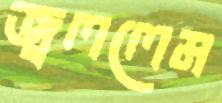
জ্বললেম